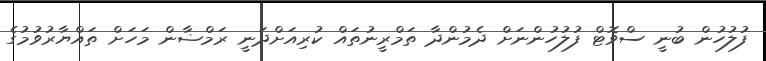
ފުލުހުން ބުނީ ސްވޮޓް ފުލުހުންނަށް ދެމުންދާ ތަމްރީނުތައް ކުރިއަށްދަނީ ރަމްޟާން މަހަށް ތައްޔާރުވުމުގެ